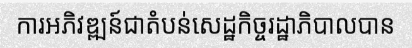
ការអភិវឌ្ឍន៍ជាតំបន់សេដ្ឋកិច្ចរដ្ឋាភិបាលបាន